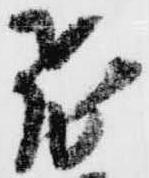
飛